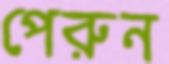
পেরুন